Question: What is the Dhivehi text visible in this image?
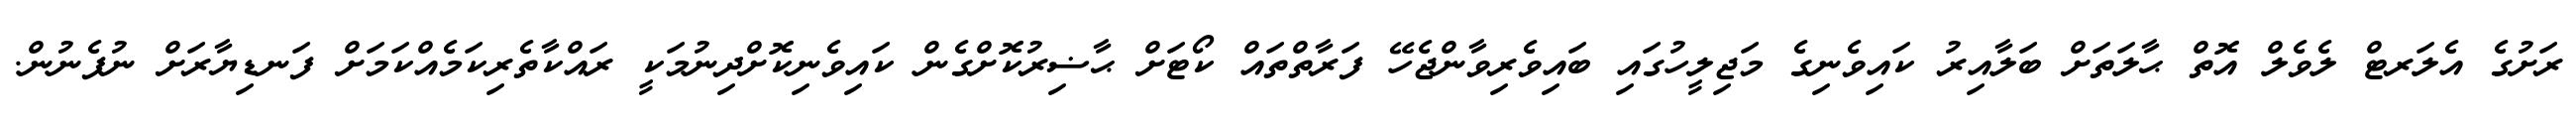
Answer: ރަށުގެ އެލަރޓް ލެވެލް އޮތް ޙާލަތަށް ބަލާއިރު ކައިވެނިގެ މަޖިލީހުގައި ބައިވެރިވާންޖެހޭ ފަރާތްތައް ކޯޓަށް ޙާޟިރުކޮށްގެން ކައިވެނިކޮށްދިނުމަކީ ރައްކާތެރިކަމެއްކަމަށް ފަނޑިޔާރަށް ނުފެނުން.